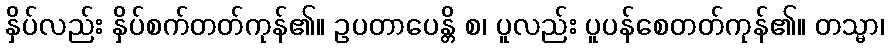
နှိပ်လည်း နှိပ်စက်တတ်ကုန်၏။ ဥပတာပေန္တိ စ၊ ပူလည်း ပူပန်စေတတ်ကုန်၏။ တသ္မာ၊